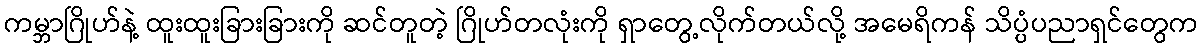
ကမ္ဘာဂြိုဟ်နဲ့ ထူးထူးခြားခြားကို ဆင်တူတဲ့ ဂြိုဟ်တလုံးကို ရှာတွေ့လိုက်တယ်လို့ အမေရိကန် သိပ္ပံပညာရှင်တွေက